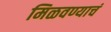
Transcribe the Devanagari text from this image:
मिळवण्याचं